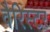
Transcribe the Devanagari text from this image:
वैरिस्टर